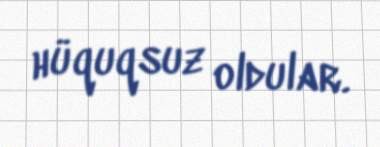
hüquqsuz oldular.